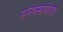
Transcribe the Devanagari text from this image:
एनेक्सेगोरस